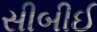
સીબીઈ